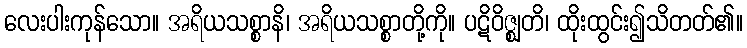
လေးပါးကုန်သော။ အရိယသစ္စာနိ၊ အရိယသစ္စာတို့ကို။ ပဋိဝိဇ္ဈတိ၊ ထိုးထွင်း၍သိတတ်၏။